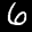
Label: 6